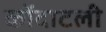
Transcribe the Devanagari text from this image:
कोंदाटली